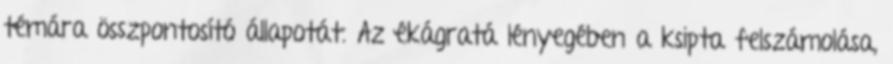
témára összpontosító állapotát. Az ékágratá lényegében a ksipta felszámolása,